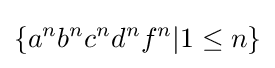
\{a^{n}b^{n}c^{n}d^{n}f^{n}|1\leq n\}